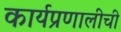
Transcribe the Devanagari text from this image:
कार्यप्रणालीची